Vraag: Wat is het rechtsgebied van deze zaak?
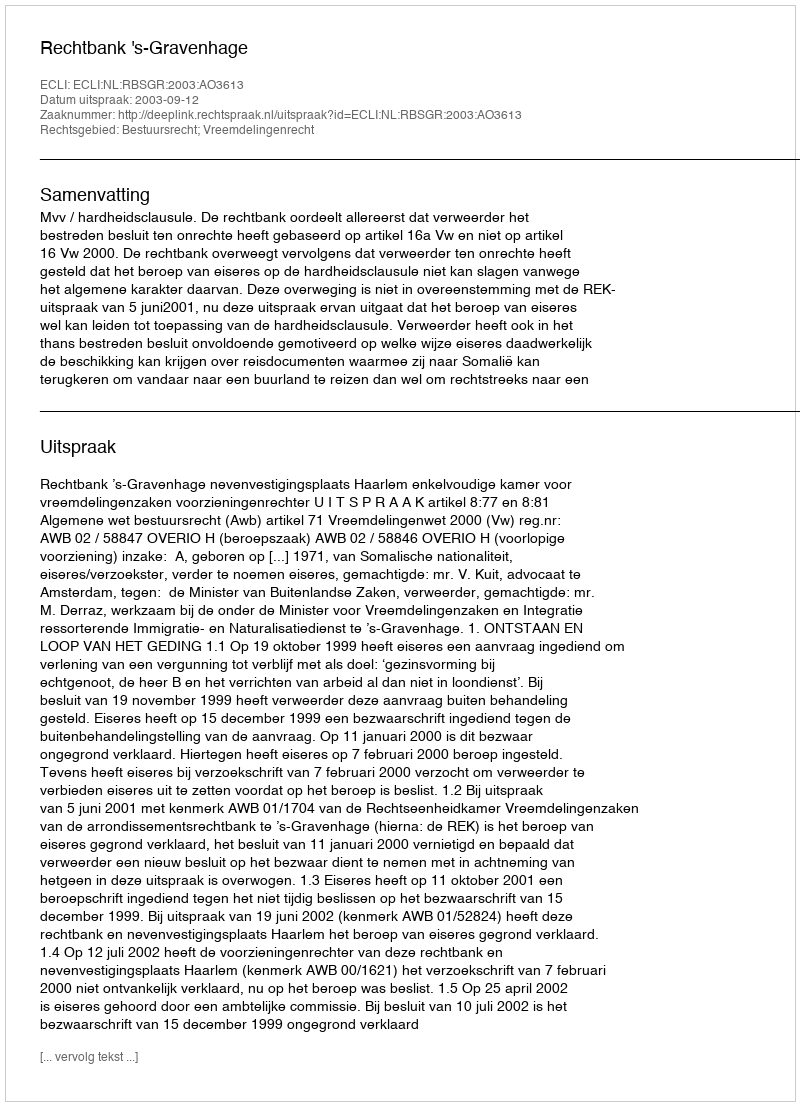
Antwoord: Bestuursrecht; Vreemdelingenrecht